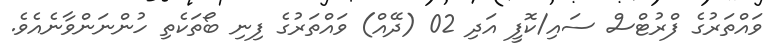
ވައްތަރުގެ ފްރުޓްސް ސައި/ކޮފީ އަދި 02 (ދޭއް) ވައްތަރުގެ ފިނި ބޯތަކެތި ހުންނަންވާނެއެވެ.